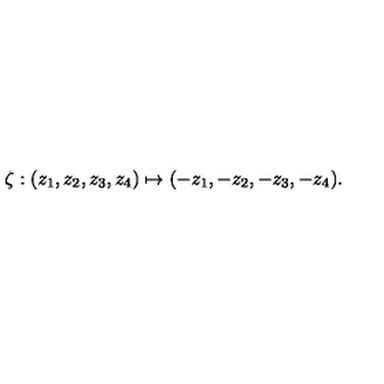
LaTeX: \zeta : ( z _ { 1 } , z _ { 2 } , z _ { 3 } , z _ { 4 } ) \mapsto ( - z _ { 1 } , - z _ { 2 } , - z _ { 3 } , - z _ { 4 } ) .